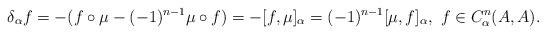
LaTeX: \begin{align*}\delta_\alpha f = - ( f \circ \mu - (-1)^{n-1} \mu \circ f) = - [f , \mu]_\alpha = (-1)^{n-1} [\mu, f]_\alpha, ~ f \in C^n_\alpha (A, A).\end{align*}